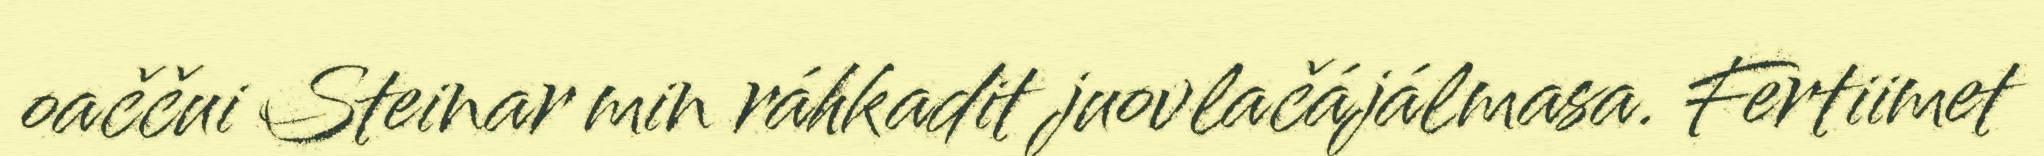
oaččui Steinar min ráhkadit juovlačájálmasa. Fertiimet